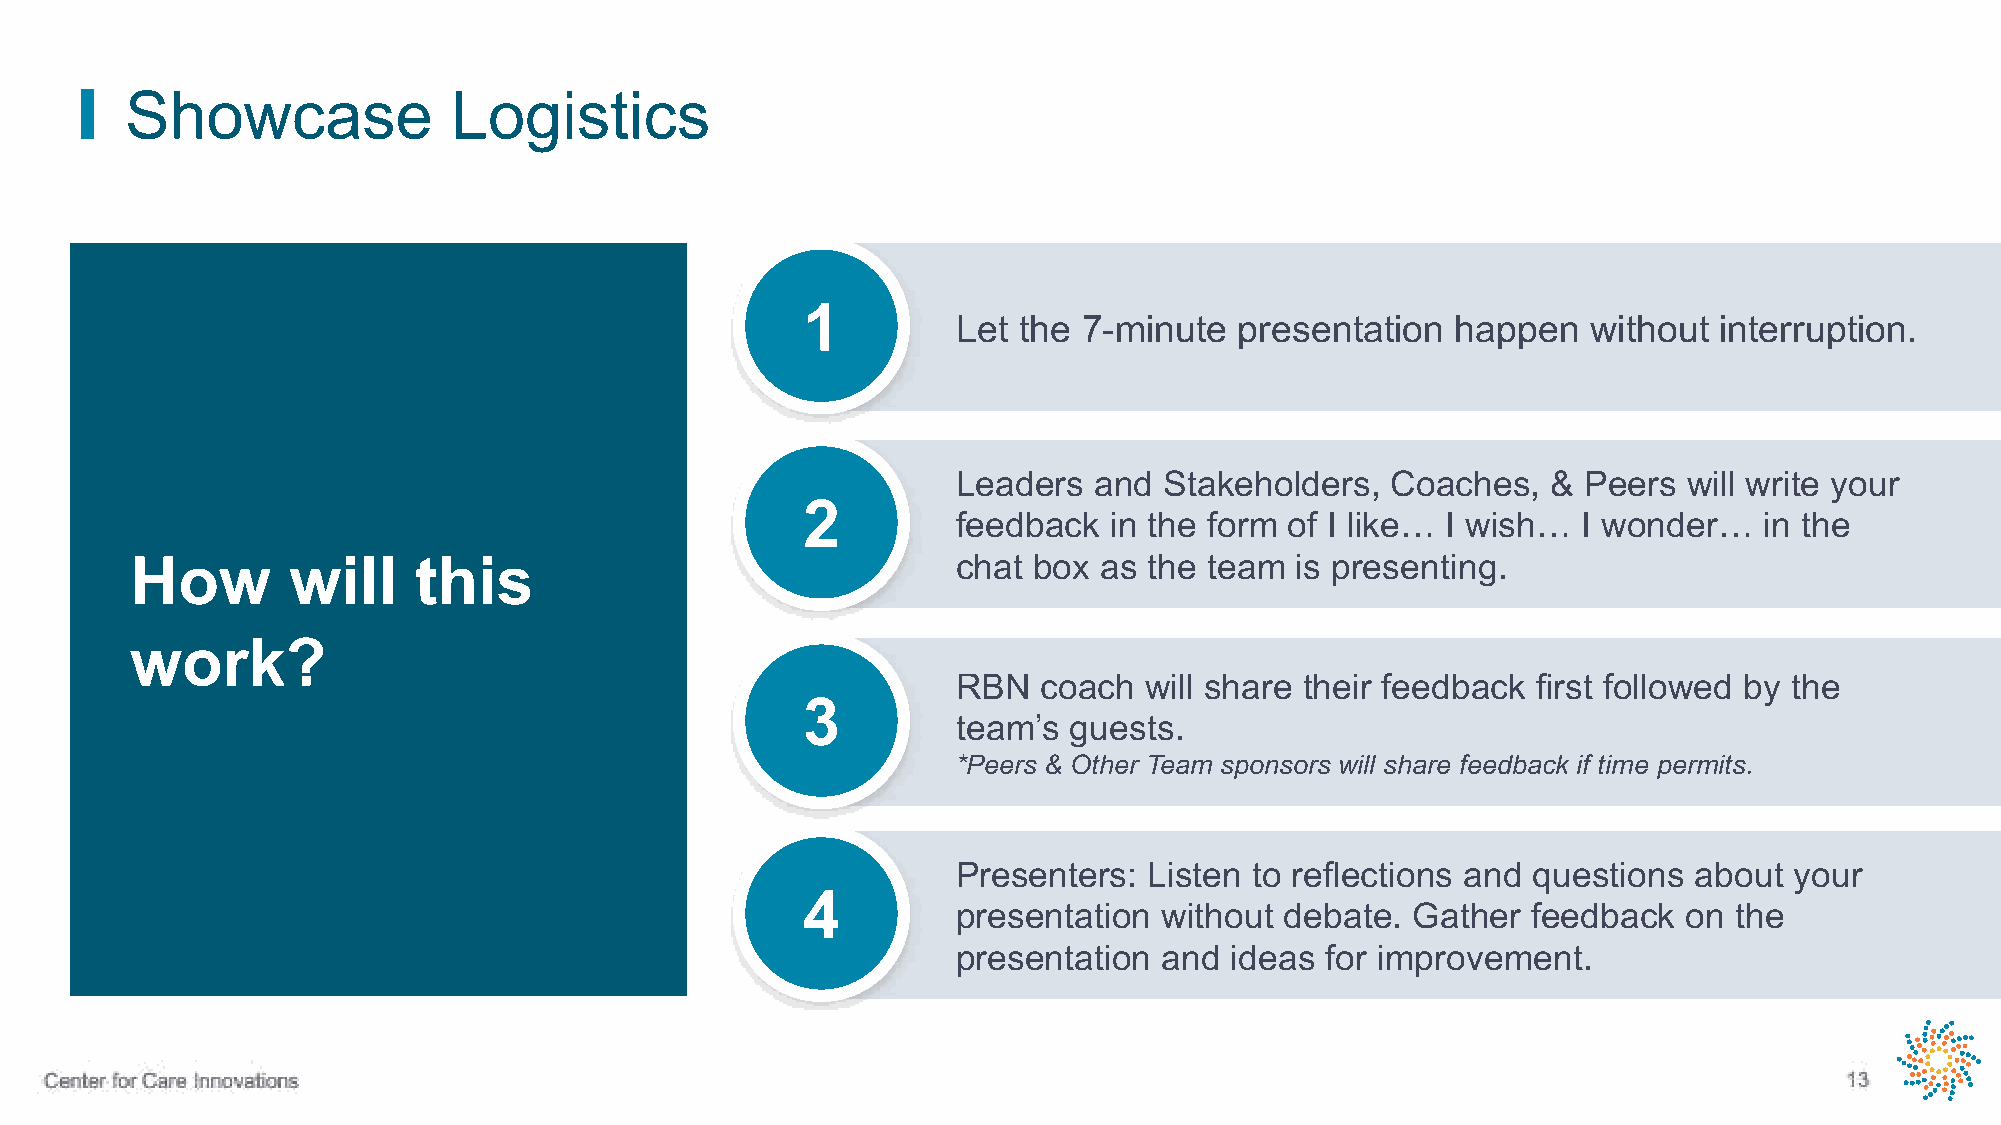
Showcase              Logistics
 1
 Let the  7-minute  presentation  happen   without  interruption.
 Leaders  and  Stakeholders,  Coaches,   & Peers  will write your
 2
 feedback   in the form of I like… I wish… I wonder…   in the
 How       will    this                                chat box  as the team  is presenting.
 work?
 RBN   coach  will share their feedback first followed by the
 3
 team’s  guests.
 *Peers & Other Team sponsors will share feedback if time permits.
 Presenters:  Listen to reflections and questions about  your
 4
 presentation  without debate.  Gather feedback   on the
 presentation  and ideas  for improvement.